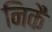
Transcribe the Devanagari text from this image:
निकै